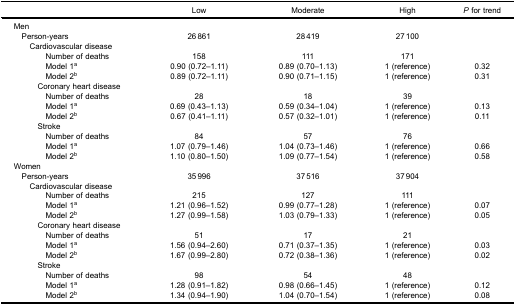
<table><thead><tr><td><b> </b></td><td><b>Low</b></td><td><b>Moderate</b></td><td><b>High</b></td><td><b><i>P</i> for trend</b></td></tr></thead><tbody><tr><td colspan="5">Men</td></tr><tr><td> Person-years</td><td>26 861</td><td>28 419</td><td>27 100</td><td> </td></tr><tr><td colspan="5">Cardiovascular disease</td></tr><tr><td>Number of deaths</td><td>158</td><td>111</td><td>171</td><td> </td></tr><tr><td>Model 1<sup>a</sup></td><td>0.90 (0.72–1.11)</td><td>0.89 (0.70–1.13)</td><td>1 (reference)</td><td>0.32</td></tr><tr><td>Model 2<sup>b</sup></td><td>0.89 (0.72–1.11)</td><td>0.90 (0.71–1.15)</td><td>1 (reference)</td><td>0.31</td></tr><tr><td colspan="5">Coronary heart disease</td></tr><tr><td>Number of deaths</td><td>28</td><td>18</td><td>39</td><td> </td></tr><tr><td>Model 1<sup>a</sup></td><td>0.69 (0.43–1.13)</td><td>0.59 (0.34–1.04)</td><td>1 (reference)</td><td>0.13</td></tr><tr><td>Model 2<sup>b</sup></td><td>0.67 (0.41–1.11)</td><td>0.57 (0.32–1.01)</td><td>1 (reference)</td><td>0.11</td></tr><tr><td colspan="5">Stroke</td></tr><tr><td>Number of deaths</td><td>84</td><td>57</td><td>76</td><td> </td></tr><tr><td>Model 1<sup>a</sup></td><td>1.07 (0.79–1.46)</td><td>1.04 (0.73–1.46)</td><td>1 (reference)</td><td>0.66</td></tr><tr><td>Model 2<sup>b</sup></td><td>1.10 (0.80–1.50)</td><td>1.09 (0.77–1.54)</td><td>1 (reference)</td><td>0.58</td></tr><tr><td colspan="5">Women</td></tr><tr><td> Person-years</td><td>35 996</td><td>37 516</td><td>37 904</td><td> </td></tr><tr><td colspan="5">Cardiovascular disease</td></tr><tr><td>Number of deaths</td><td>215</td><td>127</td><td>111</td><td> </td></tr><tr><td>Model 1<sup>a</sup></td><td>1.21 (0.96–1.52)</td><td>0.99 (0.77–1.28)</td><td>1 (reference)</td><td>0.07</td></tr><tr><td>Model 2<sup>b</sup></td><td>1.27 (0.99–1.58)</td><td>1.03 (0.79–1.33)</td><td>1 (reference)</td><td>0.05</td></tr><tr><td colspan="5">Coronary heart disease</td></tr><tr><td>Number of deaths</td><td>51</td><td>17</td><td>21</td><td> </td></tr><tr><td>Model 1<sup>a</sup></td><td>1.56 (0.94–2.60)</td><td>0.71 (0.37–1.35)</td><td>1 (reference)</td><td>0.03</td></tr><tr><td>Model 2<sup>b</sup></td><td>1.67 (0.99–2.80)</td><td>0.72 (0.38–1.36)</td><td>1 (reference)</td><td>0.02</td></tr><tr><td colspan="5">Stroke</td></tr><tr><td>Number of deaths</td><td>98</td><td>54</td><td>48</td><td> </td></tr><tr><td>Model 1<sup>a</sup></td><td>1.28 (0.91–1.82)</td><td>0.98 (0.66–1.45)</td><td>1 (reference)</td><td>0.12</td></tr><tr><td>Model 2<sup>b</sup></td><td>1.34 (0.94–1.90)</td><td>1.04 (0.70–1.54)</td><td>1 (reference)</td><td>0.08</td></tr></tbody></table>